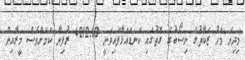
މިދިޔަ މަހު ޒަކާތުގެ ނިސޯބުގެ ގޮތުގައި ކަނޑައަޅާފައިވަނީ 4212.60 ރުފިޔާ ކަމަށްވެސް މީރާއިން